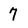
Character: 7